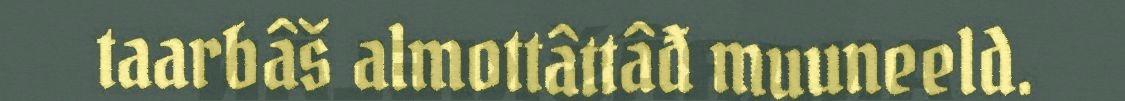
taarbâš almottâttâđ muuneeld.